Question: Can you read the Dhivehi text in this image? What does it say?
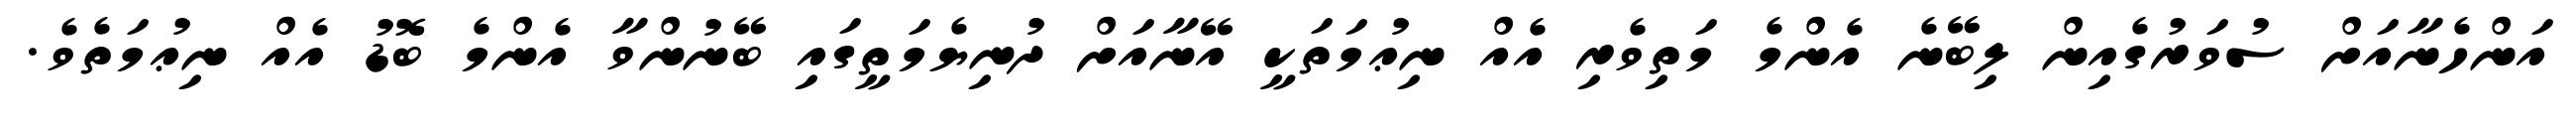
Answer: އަންހެނާއަށް ސުވަރުގެއިން ލިބޭނެ އެންމެ މަތިވެރި އެއް ނިޢުމަތަކީ އޭނާއަށް ދުނިޔެމަތީގައި ބޭނުންވާ އެންމެ ބޮޑު އެއް ނިޢުމަތެވެ.